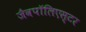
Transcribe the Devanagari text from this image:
जैवपॉलिएस्टर